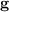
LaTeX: \mathbf { \vec { g } }